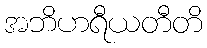
အဘိဟရီယတီတိ